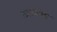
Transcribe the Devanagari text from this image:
छ्लकाव